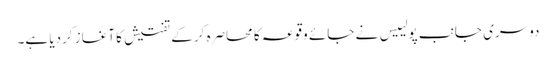
دوسری جانب پولییس نے جائے وقوعہ کا محاصرہ کرکے تفتیش کا آغاز کردیا ہے۔